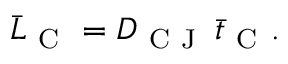
\bar { L } _ { \mathrm { ~ C ~ } } = D _ { \mathrm { ~ C ~ J ~ } } \, \bar { t } _ { \mathrm { ~ C ~ } } .